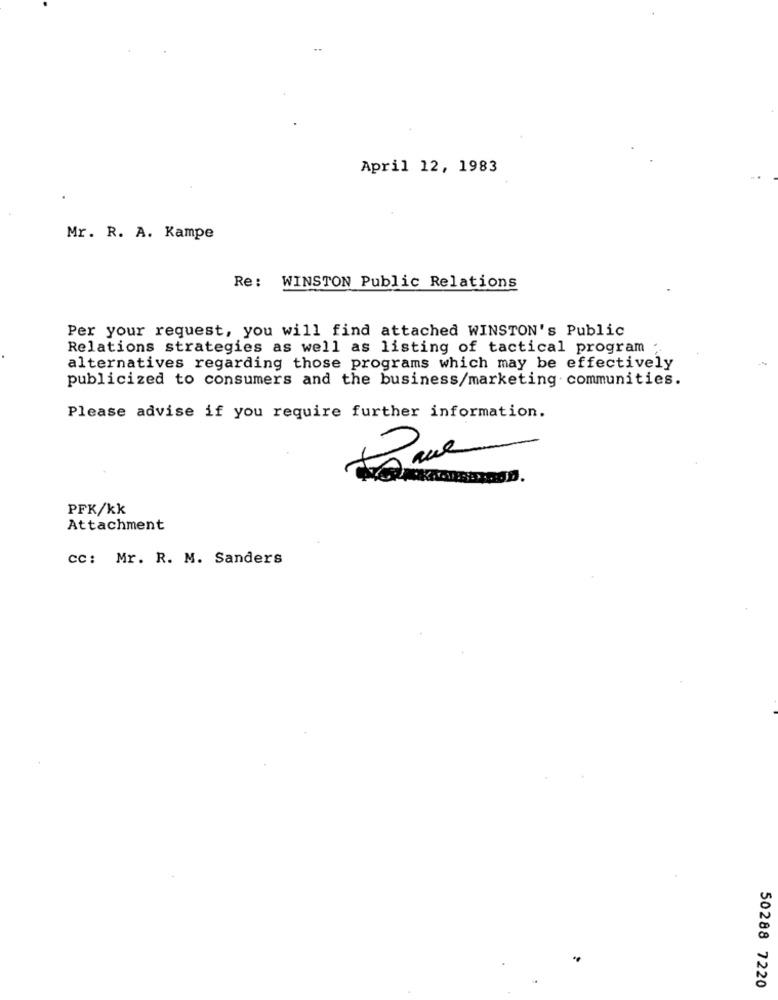
April 12, 1983
Mr. R. A. Kampe
Re: WINSTON Public Relations
Per your request, you will find attached WINSTON's Public
Relations strategies as well as listing of tactical program
alternatives regarding those programs which may be effectively
publicized to consumers and the business/marketing communities.
Please advise if you require further information.
PFK/kk
Attachment
cc: Mr. R. M. Sanders
50288 7220